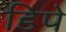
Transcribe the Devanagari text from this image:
डिपे